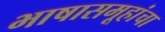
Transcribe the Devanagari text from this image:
भाषासमूहांचा